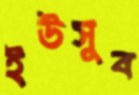
ইউসুব